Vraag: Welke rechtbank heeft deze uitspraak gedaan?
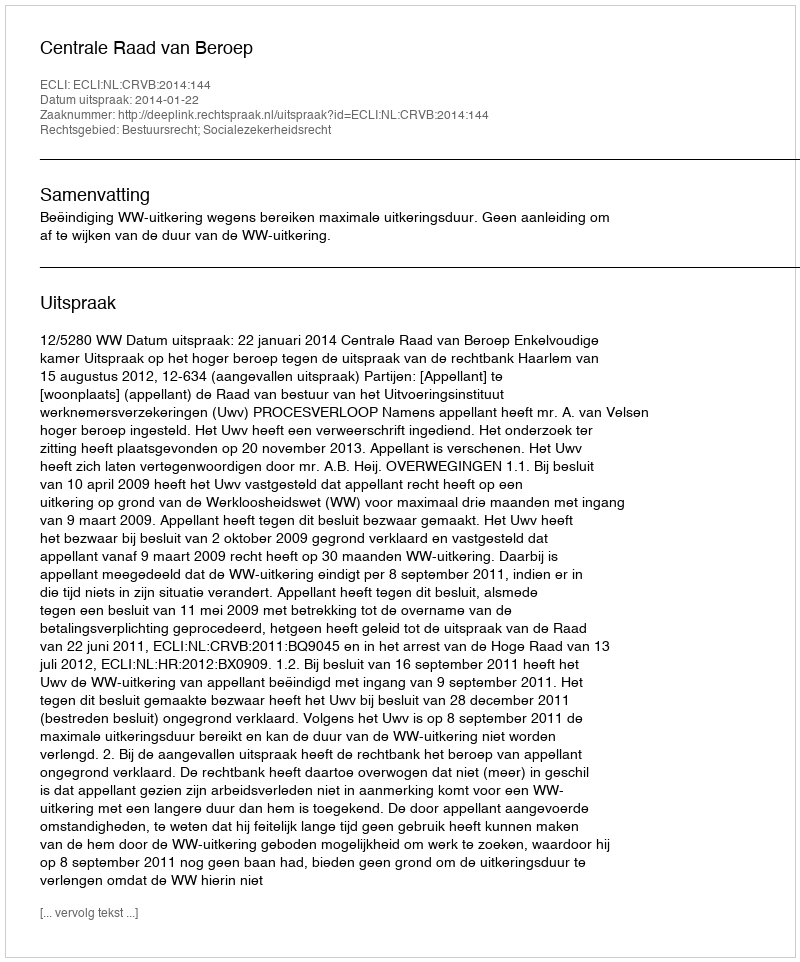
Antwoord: Centrale Raad van Beroep